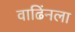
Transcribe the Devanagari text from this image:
वाढिंनला